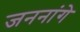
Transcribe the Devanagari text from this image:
जननांगे